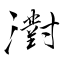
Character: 濧